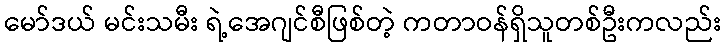
မော်ဒယ် မင်းသမီး ရဲ့အေဂျင်စီဖြစ်တဲ့ ကတာဝန်ရှိသူတစ်ဦးကလည်း